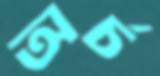
অর্চ